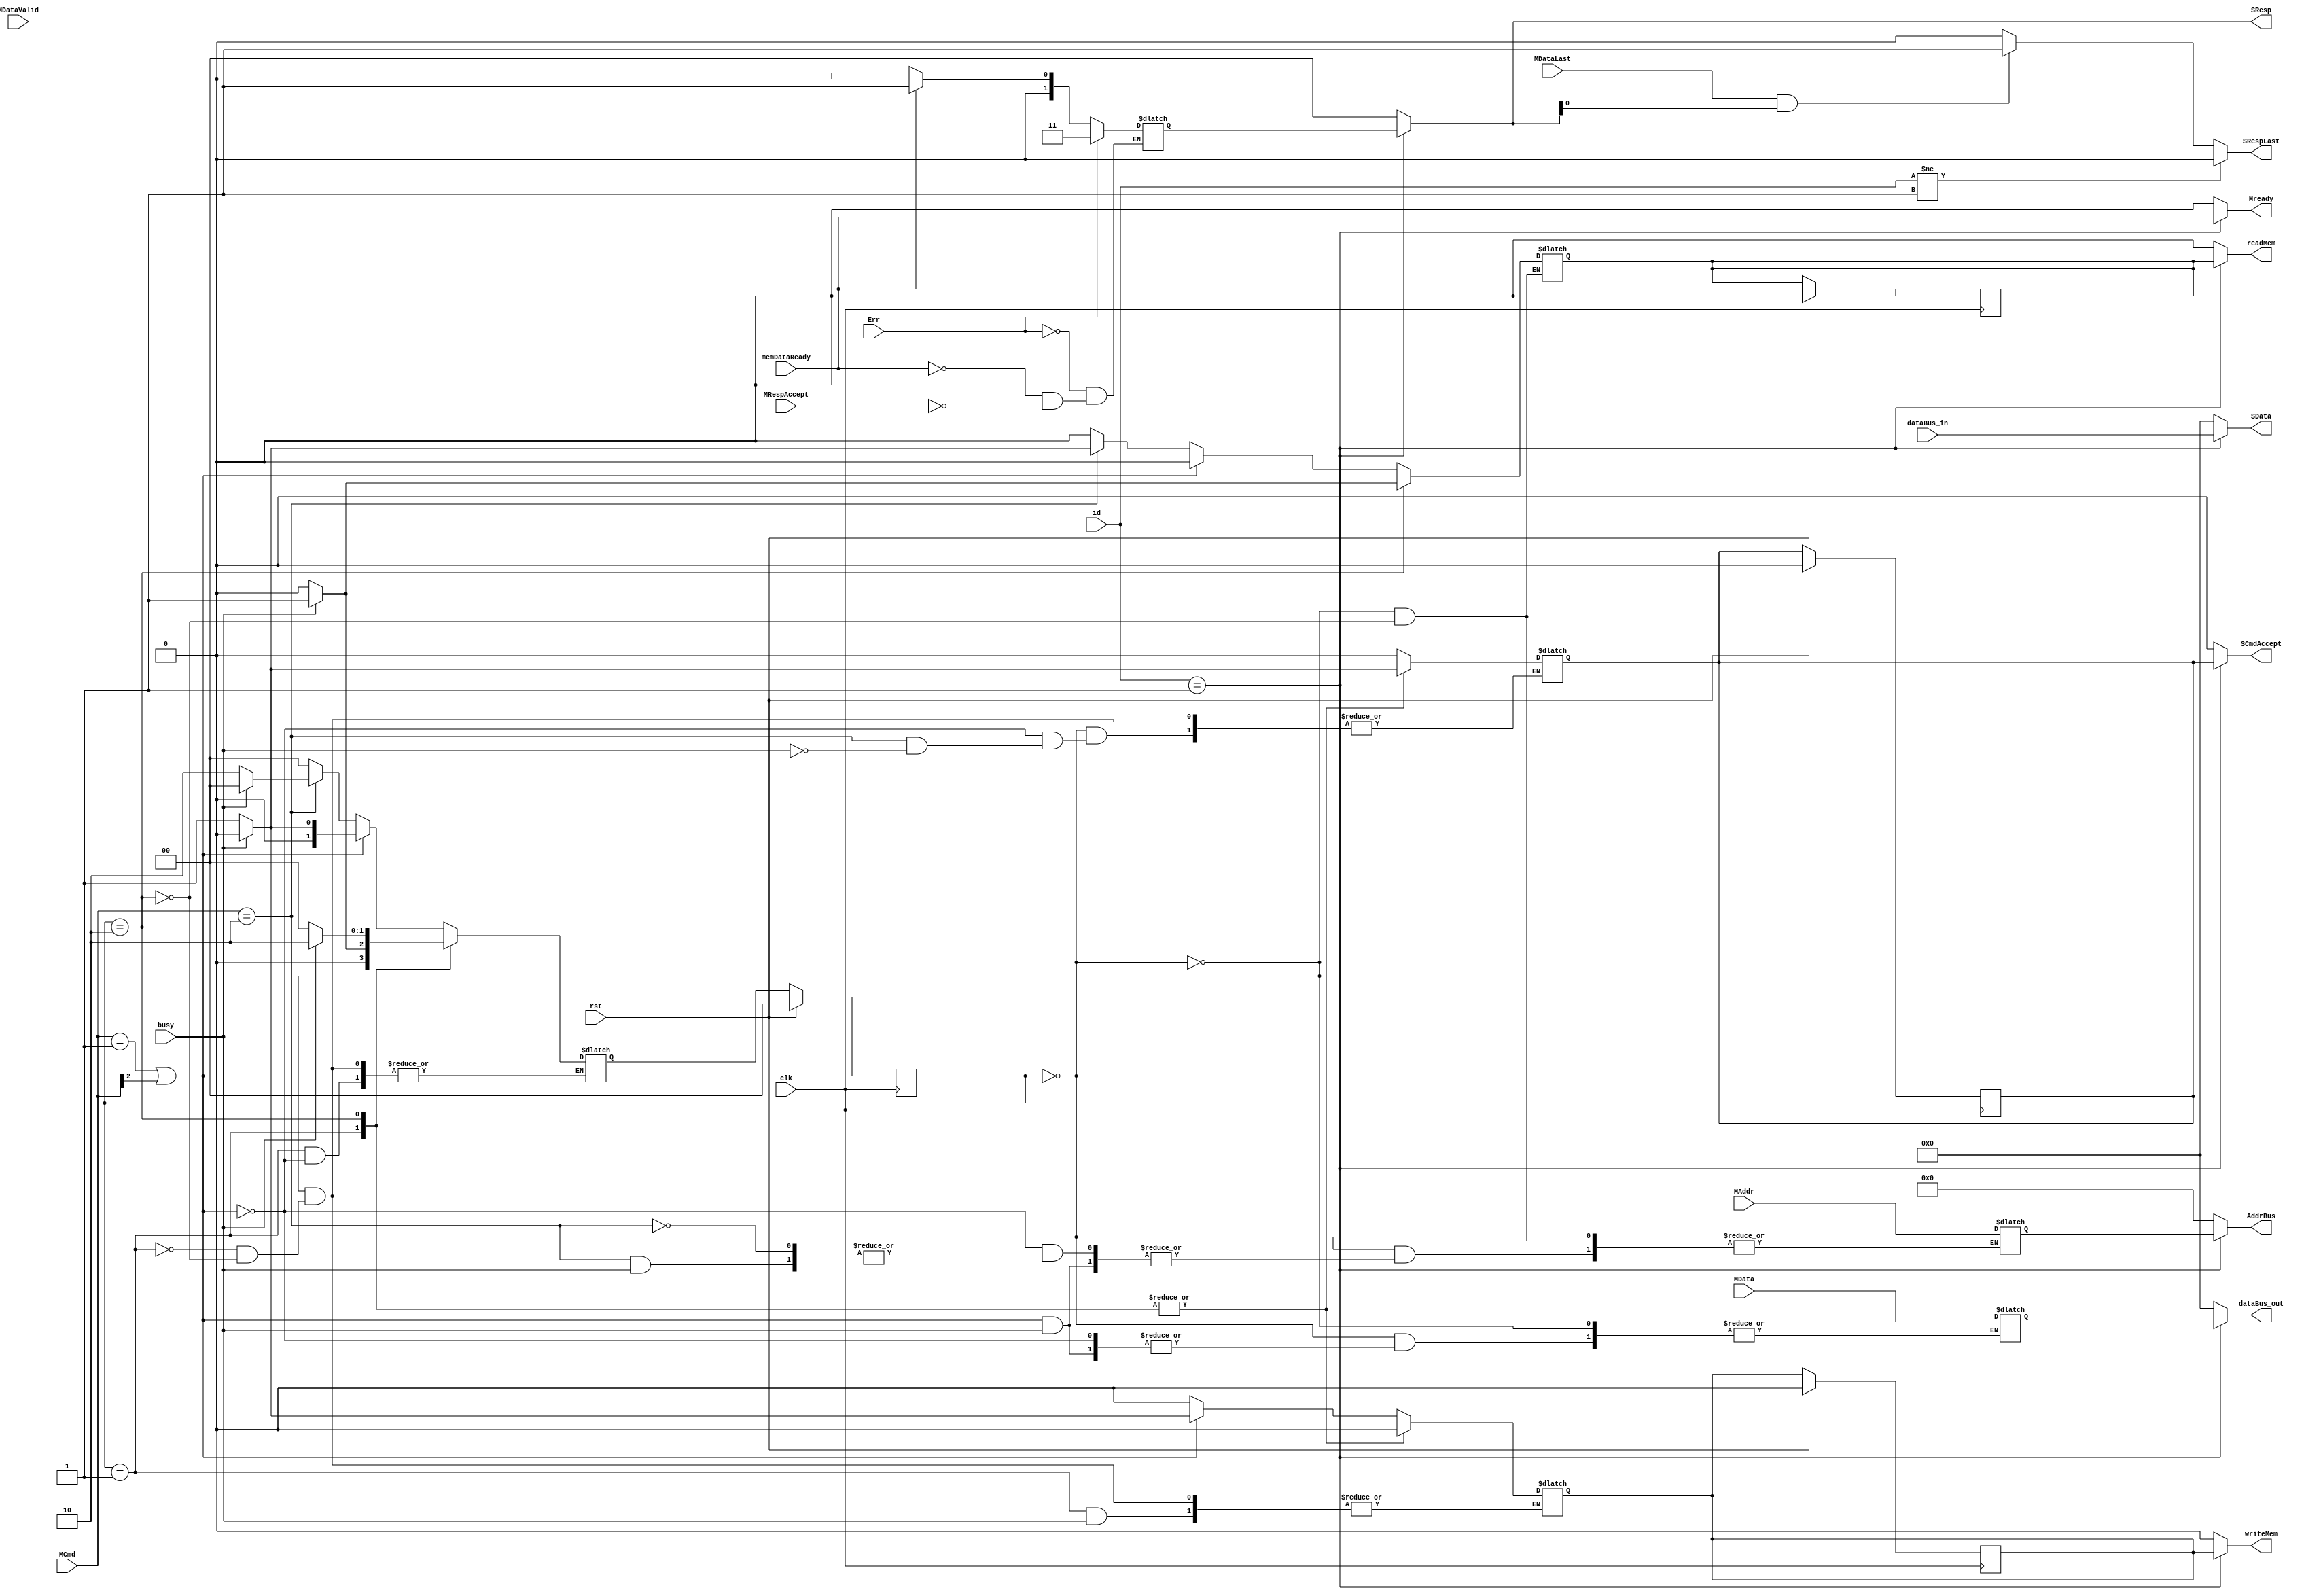
`timescale 1ns / 1ps
//////////////////////////////////////////////////////////////////////////////////
// Company: 
// 
// Design Name: Slave OCP 
// Module Name: slave_ocp
// Project Name: 
// Target Devices: 
// Tool Versions: 
// Description: 
// 
// Dependencies: 
// 
// Revision: 1
// Revision 0.01 - File Created
// Additional Comments:
// 
//////////////////////////////////////////////////////////////////////////////////


module slave_ocp #(parameter DATAWIDTH = 8, parameter ADDRESSWIDTH = 32, parameter [1:0] ID = 2'b01)
   (input clk, rst, MDataValid, MRespAccept, Err, memDataReady, busy, MDataLast,
    input[ADDRESSWIDTH-1:0] MAddr, 
    input[DATAWIDTH-1:0] MData, 
    input [2:0] MCmd, input [1:0] id,
    input [DATAWIDTH-1:0] dataBus_in, 
    output [DATAWIDTH-1:0] dataBus_out, SData,
    output [1:0] SResp, output SCmdAccept, writeMem, readMem, Mready, SRespLast,
    output[ADDRESSWIDTH-1:0] AddrBus);

    // define registers
    reg [DATAWIDTH-1:0] SData_reg;
    reg SCmdAccept_reg, memReady_reg, writeMem_reg, readMem_reg;
    reg [ADDRESSWIDTH-1:0] AddrBus_reg;
    reg [DATAWIDTH-1:0] dataBus_out_reg;
    reg [1:0] SResp_reg;

    //assign registers
    assign dataBus_out = (id == ID) ? dataBus_out_reg : 8'b0;
    assign SData = (id == ID) ? dataBus_in : 8'b0;
    assign SCmdAccept = (id == ID) ? SCmdAccept_reg : 1'b0;
    assign writeMem = (id == ID) ? writeMem_reg : 1'b0;
    assign readMem = (id == ID) ? readMem_reg : 1'b0;
    assign AddrBus = (id == ID) ? AddrBus_reg : 32'b0;
    assign Mready = (id == ID) ? memDataReady : 1'b0;
    assign SRespLast = (id != ID) ? 1'b0 : (MDataLast && SResp[0]) ? 1'b1 : 1'b0;
    assign SResp = (id == ID) ? SResp_reg : 2'b0;

    //nbytes
    wire [2:0] BurstLength;
    assign BurstLength = (MCmd[0] && MCmd[1]) ? 3'b100 : (MCmd[1] && ~MCmd[0]) ? 3'b011 : (~MCmd[1] && MCmd[0]) ? 3'b010 : 3'b001;


    // define state machine registers
    reg [1:0] ps,ns;
    parameter [1:0] idle = 2'b00, write = 2'b01, read = 2'b10;

    //define burts control signals
    reg [2:0] burst_count;

    
    //SResp always block
    always @(ps, busy, MCmd, MAddr, MData) begin
        if(Err)
            SResp_reg <= 2'b11;
        else if(memDataReady)
            SResp_reg <= 2'b01;
        else if(MRespAccept)
            SResp_reg <= 2'b00;
    end

    // hoffman control unit
    always @(posedge clk) begin  
        if (rst == 1'b1) begin
            ps <= idle;
            {SCmdAccept_reg, memReady_reg, writeMem_reg, readMem_reg} = 4'b0000;
        end
        else begin
            ps <= ns;
        end
    end
    always @(ps, busy, MCmd, MAddr, MData) begin
        case(ps)
            idle: begin
                if(MCmd == 3'b001 || MCmd[2] == 3'b1) begin
                    if(busy == 1'b0) begin
                        ns <= write;
                    end
                    else begin
                        ns <= idle;
                    end
                end
                else if(MCmd == 3'b010) begin
                    if(busy == 1'b0) begin
                        ns <= read;
                    end
                    else begin
                        ns <= idle;
                    end
                end
                else begin
                    ns <= idle;
                end
            end
            write: begin
                if (MCmd == 3'b001 || MCmd[2] == 3'b1) begin
                    if(busy == 1'b0) begin
                        ns <= idle;
                    end
                    else begin
                        ns <= write;
                    end
                end
            end
            read: begin
                if(busy == 1'b0) begin
                    ns <= idle;
                end
                else begin
                    ns <= read;
                end
            end
        endcase
    end
    always @(ps, busy, MCmd, MAddr, MData) begin
        case(ps)
            idle: begin
                if(MCmd == 3'b001 || MCmd[2] == 3'b1) begin
                    if(busy == 1'b0) begin
                        burst_count <= BurstLength;
                        memReady_reg <= 1'b0;
                        AddrBus_reg <= MAddr;
                        dataBus_out_reg <= MData;
                        writeMem_reg <= 1'b1;
                        readMem_reg <= 1'b0;
                        SCmdAccept_reg <= 1'b0;
                    end
                    else begin
                        burst_count <= BurstLength;
                        memReady_reg <= 1'b0;
                        writeMem_reg <= 1'b0;
                        readMem_reg <= 1'b0;
                        SCmdAccept_reg <= 1'b0;
                    end
                end
                else if(MCmd == 3'b010) begin
                    if(busy == 1'b0) begin
                        memReady_reg <= 1'b0;
                        AddrBus_reg <= MAddr;
                        writeMem_reg <= 1'b0;
                        readMem_reg <= 1'b1;
                    end
                    else begin
                        memReady_reg <= 1'b0;
                        writeMem_reg <= 1'b0;
                        readMem_reg <= 1'b0;
                        SCmdAccept_reg <= 1'b0;
                    end
                end
                else begin
                    burst_count <= BurstLength;
                    memReady_reg <= 1'b1;
                    writeMem_reg <= 1'b0;
                    readMem_reg <= 1'b0;
                    SCmdAccept_reg <= 1'b0;
                end
            end
            write: begin
                    if(busy == 1'b0) begin
                        memReady_reg <= 1'b1;
                        SCmdAccept_reg <= 1'b1;
                        writeMem_reg <= 1'b0;
                    end
                    else begin
                        memReady_reg <= 1'b0;
                        SCmdAccept_reg <= 1'b0;
                    end
            end
            read: begin
                if(busy == 1'b0) begin
                    SCmdAccept_reg <= 1'b1;
                    memReady_reg <= 1'b0;
                    AddrBus_reg <= MAddr;
                    writeMem_reg <= 1'b0;
                    readMem_reg <= 1'b0;
                end
                else begin
                    SCmdAccept_reg <= 1'b0;
                    memReady_reg <= 1'b0;
                    AddrBus_reg <= MAddr;
                    writeMem_reg <= 1'b0;
                    readMem_reg <= 1'b1;
                end
            end           
        endcase
    end

    
endmodule